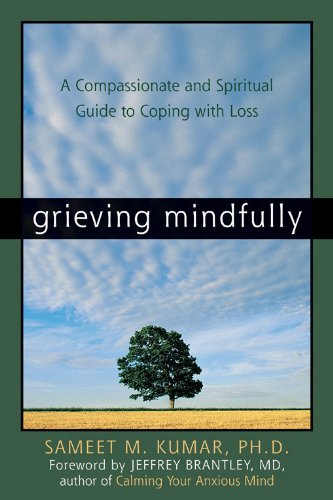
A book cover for Grieving Mindfully: A Compassionate and Spiritual Guide to Coping with Loss; Sameet M. Kumar PhD; Self-Help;